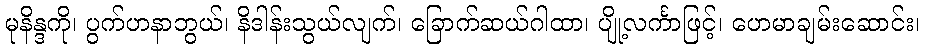
မုနိန္ဒကို၊ ပွက်ဟနာဘွယ်၊ နိဒါန်းသွယ်လျက်၊ ခြောက်ဆယ်ဂါထာ၊ ပျို့လင်္ကာဖြင့်၊ ဟေမာချမ်းဆောင်း၊